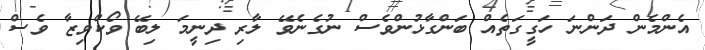
އެންމެން ދަންނަ ހަގީގަތެއް ބަންގާޅުންވެސް ނުގެނެވޭ ލާރި ދިނީމަ ލިބޭ ވޯކްވިޒާ ވެސް